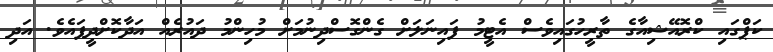
ކަޕްގައި ކްރޮއޭޝިއާގެ ތާރީހުގައިވެސް އެޓީމު ފައިނަލަށް ގެންގޮސްދިނުމަށް މުހިންމު ދައުރެއް އަދާކޮށްދީފައެވެ. އަދި